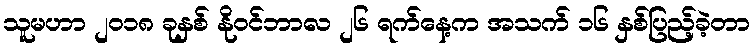
သူမဟာ ၂၀၁၈ ခုနှစ် နိုဝင်ဘာလ ၂၆ ရက်နေ့က အသက် ၁၆ နှစ်ပြည့်ခဲ့တာ